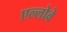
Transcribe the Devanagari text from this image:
एल्लोवे